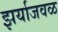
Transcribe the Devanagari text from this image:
झर्याजवळ